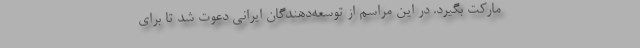
مارکت بگیرد. در این مراسم از توسعه‌دهندگان ایرانی دعوت شد تا برای